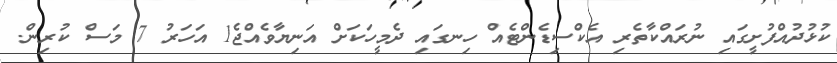
ކުޅުދުއްފުށީގައި ނުރައްކާތެރި އެކްސިޑެންޓެއް ހިނގައި ދެމީހަކަށް އަނިޔާވެއްޖެ1 އަހަރު 7 މަސް ކުރިން.